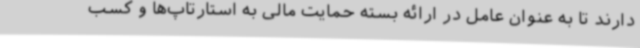
دارند تا به عنوان عامل در ارائه بسته حمایت مالی به استارتاپ‌ها و کسب